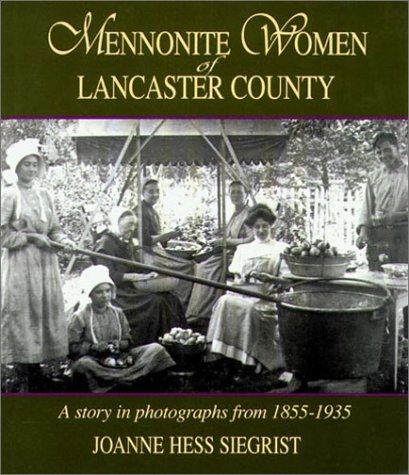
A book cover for Mennonite Woman of Lancaster County: A Story in Photographs from 1855-1935; Joanne Hess Siegrist; Politics & Social Sciences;